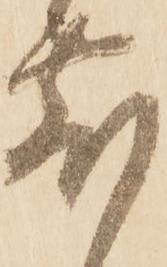
敷